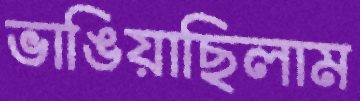
ভাঙিয়াছিলাম